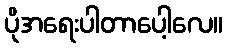
ပိုအရေးပါတာပေါ့လေ။